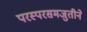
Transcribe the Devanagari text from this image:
परस्परसमजुतीने